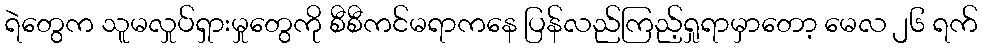
ရဲတွေက သူမလှုပ်ရှားမှုတွေကို စီစီကင်မရာကနေ ပြန်လည်ကြည့်ရှုရာမှာတော့ မေလ ၂၆ ရက်